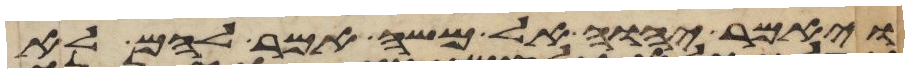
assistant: ויאמר יהוה אל משה אמר להם לא